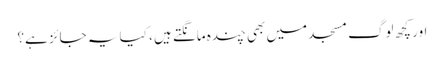
اور کچھ لوگ مسجد میں بھی چندہ مانگتے ہیں ، کیا یہ جائز ہے؟